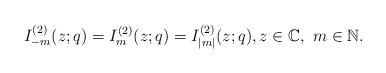
LaTeX: \begin{align*}I_{-m}^{(2)}(z;q)=I_{m}^{(2)}(z;q)=I_{|m|}^{(2)}(z;q),z\in\mathbb{C},\ m\in\mathbb{N}.\end{align*}